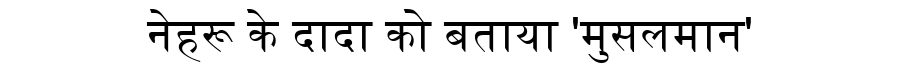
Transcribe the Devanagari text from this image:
नेहरू के दादा को बताया 'मुसलमान'